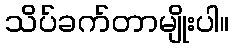
သိပ်ခက်တာမျိုးပါ။